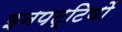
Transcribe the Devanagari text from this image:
इनपट्टियों